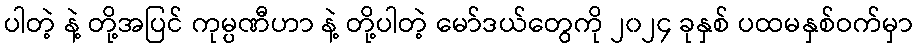
ပါတဲ့ နဲ့ တို့အပြင် ကုမ္ပဏီဟာ နဲ့ တို့ပါတဲ့ မော်ဒယ်တွေကို ၂၀၂၄ ခုနှစ် ပထမနှစ်ဝက်မှာ